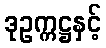
ဒုဥက္ကဋ္ဌနှင့်